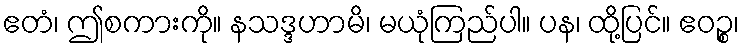
ဧတံ၊ ဤစကားကို။ နသဒ္ဒဟာမိ၊ မယုံကြည်ပါ။ ပန၊ ထို့ပြင်။ ဧဝဉ္စ၊